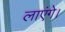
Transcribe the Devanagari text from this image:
लाएंगे।